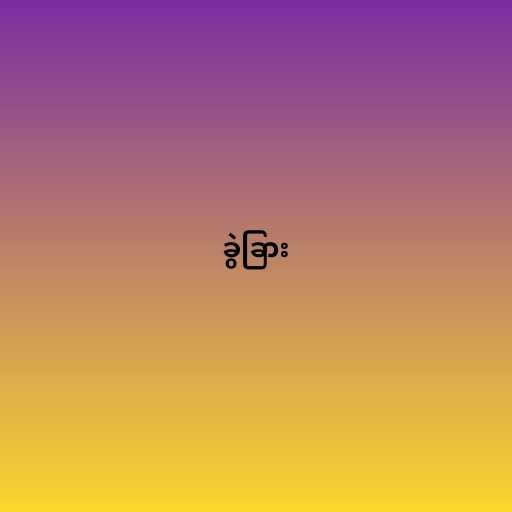
ခွဲခြား